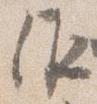
作